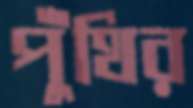
পুঁথির